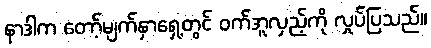
နာဒါက တော့်မျက်နှာရှေ့တွင် ဝက်အူလှည့်ကို လှုပ်ပြသည်။